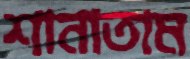
শানাতাম